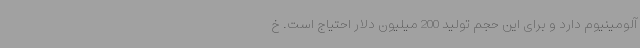
آلومینیوم دارد و برای این حجم تولید 200 میلیون دلار احتیاج است. خ